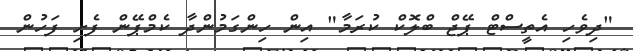
"ދިވެހި އެތީސްޓް ޕޭޖް ބްލޮކް ކުރަމާ" އިން ހިންގަމުންދާ ކެމްޕޭން ފެށި ފަހުން